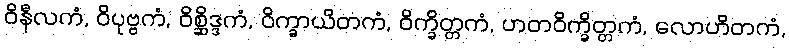
ဝိနီလကံ, ဝိပုဗ္ဗကံ, ဝိစ္ဆိဒ္ဒကံ, ဝိက္ခာယိတကံ, ဝိက္ခိတ္တကံ, ဟတဝိက္ခိတ္တကံ, လောဟိတကံ,